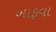
બાફવા